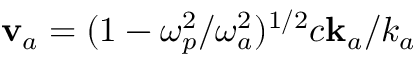
\mathbf { v } _ { a } = ( 1 - \omega _ { p } ^ { 2 } / \omega _ { a } ^ { 2 } ) ^ { 1 / 2 } c \mathbf { k } _ { a } / k _ { a }